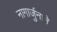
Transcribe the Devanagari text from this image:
नागार्जुनाने